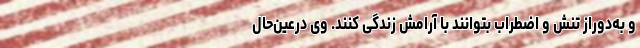
و به‌دوراز تنش و اضطراب بتوانند با آرامش زندگی کنند. وی درعین‌حال